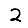
Digit: 2